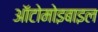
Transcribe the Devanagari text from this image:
ऑटोमोइबाइल